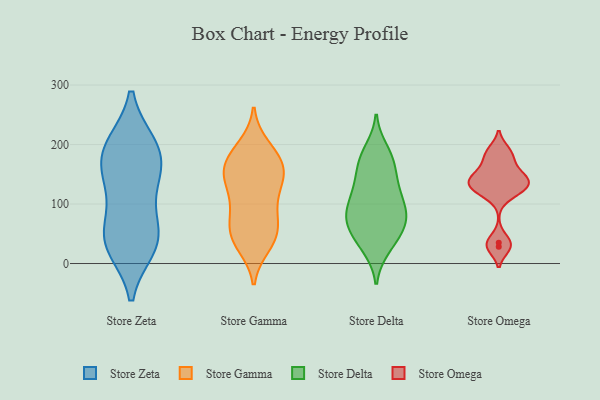
{"axis": {"x": "Customer Acquisition Cost (USD)", "y": "Value"}, "legend": ["Store Delta", "Store Gamma", "Store Omega", "Store Zeta"], "data": [{"x": "", "y": 41, "type": "Store Zeta"}, {"x": "", "y": 148, "type": "Store Zeta"}, {"x": "", "y": 200, "type": "Store Zeta"}, {"x": "", "y": 180, "type": "Store Zeta"}, {"x": "", "y": 199, "type": "Store Zeta"}, {"x": "", "y": 144, "type": "Store Zeta"}, {"x": "", "y": 89, "type": "Store Zeta"}, {"x": "", "y": 29, "type": "Store Zeta"}, {"x": "", "y": 37, "type": "Store Zeta"}, {"x": "", "y": 199, "type": "Store Zeta"}, {"x": "", "y": 27, "type": "Store Zeta"}, {"x": "", "y": 58, "type": "Store Zeta"}, {"x": "", "y": 146, "type": "Store Zeta"}, {"x": "", "y": 163, "type": "Store Gamma"}, {"x": "", "y": 169, "type": "Store Gamma"}, {"x": "", "y": 69, "type": "Store Gamma"}, {"x": "", "y": 130, "type": "Store Gamma"}, {"x": "", "y": 197, "type": "Store Gamma"}, {"x": "", "y": 39, "type": "Store Gamma"}, {"x": "", "y": 144, "type": "Store Gamma"}, {"x": "", "y": 180, "type": "Store Gamma"}, {"x": "", "y": 55, "type": "Store Gamma"}, {"x": "", "y": 153, "type": "Store Gamma"}, {"x": "", "y": 41, "type": "Store Gamma"}, {"x": "", "y": 191, "type": "Store Gamma"}, {"x": "", "y": 158, "type": "Store Gamma"}, {"x": "", "y": 121, "type": "Store Gamma"}, {"x": "", "y": 30, "type": "Store Gamma"}, {"x": "", "y": 102, "type": "Store Gamma"}, {"x": "", "y": 42, "type": "Store Gamma"}, {"x": "", "y": 88, "type": "Store Gamma"}, {"x": "", "y": 147, "type": "Store Gamma"}, {"x": "", "y": 77, "type": "Store Gamma"}, {"x": "", "y": 131, "type": "Store Delta"}, {"x": "", "y": 179, "type": "Store Delta"}, {"x": "", "y": 31, "type": "Store Delta"}, {"x": "", "y": 129, "type": "Store Delta"}, {"x": "", "y": 71, "type": "Store Delta"}, {"x": "", "y": 40, "type": "Store Delta"}, {"x": "", "y": 190, "type": "Store Delta"}, {"x": "", "y": 87, "type": "Store Delta"}, {"x": "", "y": 168, "type": "Store Delta"}, {"x": "", "y": 64, "type": "Store Delta"}, {"x": "", "y": 142, "type": "Store Delta"}, {"x": "", "y": 61, "type": "Store Delta"}, {"x": "", "y": 112, "type": "Store Delta"}, {"x": "", "y": 173, "type": "Store Delta"}, {"x": "", "y": 100, "type": "Store Delta"}, {"x": "", "y": 26, "type": "Store Delta"}, {"x": "", "y": 70, "type": "Store Delta"}, {"x": "", "y": 79, "type": "Store Delta"}, {"x": "", "y": 94, "type": "Store Delta"}, {"x": "", "y": 121, "type": "Store Omega"}, {"x": "", "y": 138, "type": "Store Omega"}, {"x": "", "y": 189, "type": "Store Omega"}, {"x": "", "y": 144, "type": "Store Omega"}, {"x": "", "y": 35, "type": "Store Omega"}, {"x": "", "y": 122, "type": "Store Omega"}, {"x": "", "y": 155, "type": "Store Omega"}, {"x": "", "y": 28, "type": "Store Omega"}, {"x": "", "y": 178, "type": "Store Omega"}, {"x": "", "y": 135, "type": "Store Omega"}]}